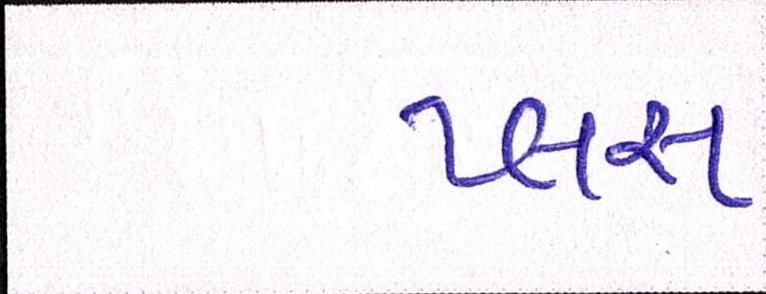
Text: પ્લસ